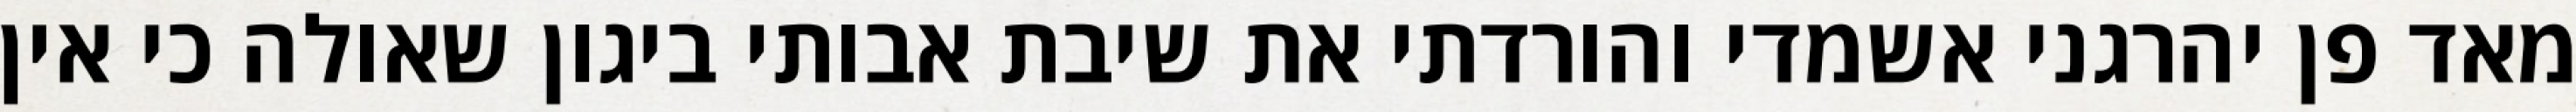
מאד פן יהרגני אשמדי והורדתי את שיבת אבותי ביגון שאולה כי אין